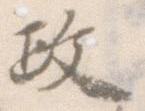
政